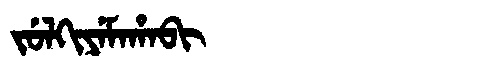
Manchu: ᠵᡠᠯᡴᡳᠶᡝᠮᠠᡥᠠᠪᡳ
Romanization: JULKIYEMAHABI